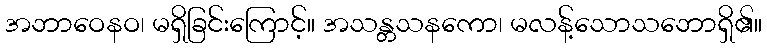
အဘာဝေနဝ၊ မရှိခြင်းကြောင့်။ အသန္တသနကော၊ မလန့်သောသဘောရှိ၏။